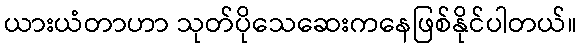
ယားယံတာဟာ သုတ်ပိုသေဆေးကနေဖြစ်နိုင်ပါတယ်။